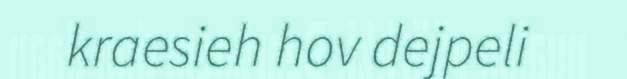
kraesieh hov dejpeli